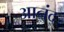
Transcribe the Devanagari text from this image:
आनंद्